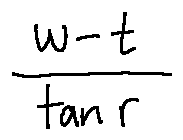
\frac { w - t } { \tan r }